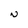
Character: N